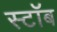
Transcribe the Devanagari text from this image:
स्टॉब